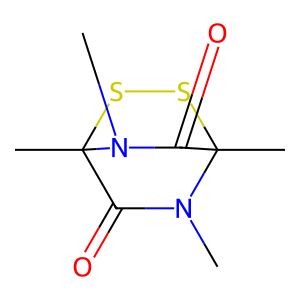
SMILES: CN1C(=O)C2(C)SSC1(C)C(=O)N2C
Inhibits HIV replication: No